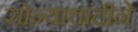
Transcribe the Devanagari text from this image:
सोन्याचांदीने